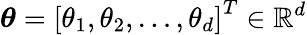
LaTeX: {\boldsymbol{\theta}}=\left[\theta_{1},\theta_{2},\dots,\theta_{d}\right]^{T}\in\mathbb{R}^{d}